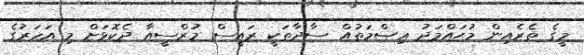
މީގެ ތެރެއިން މުޙައްމަދު ޢިޞްމަތުއް ސާދާތަކީ ރައީސް މުރްސީއާ ދެކޮޅަށް މި އަހަރުގެ